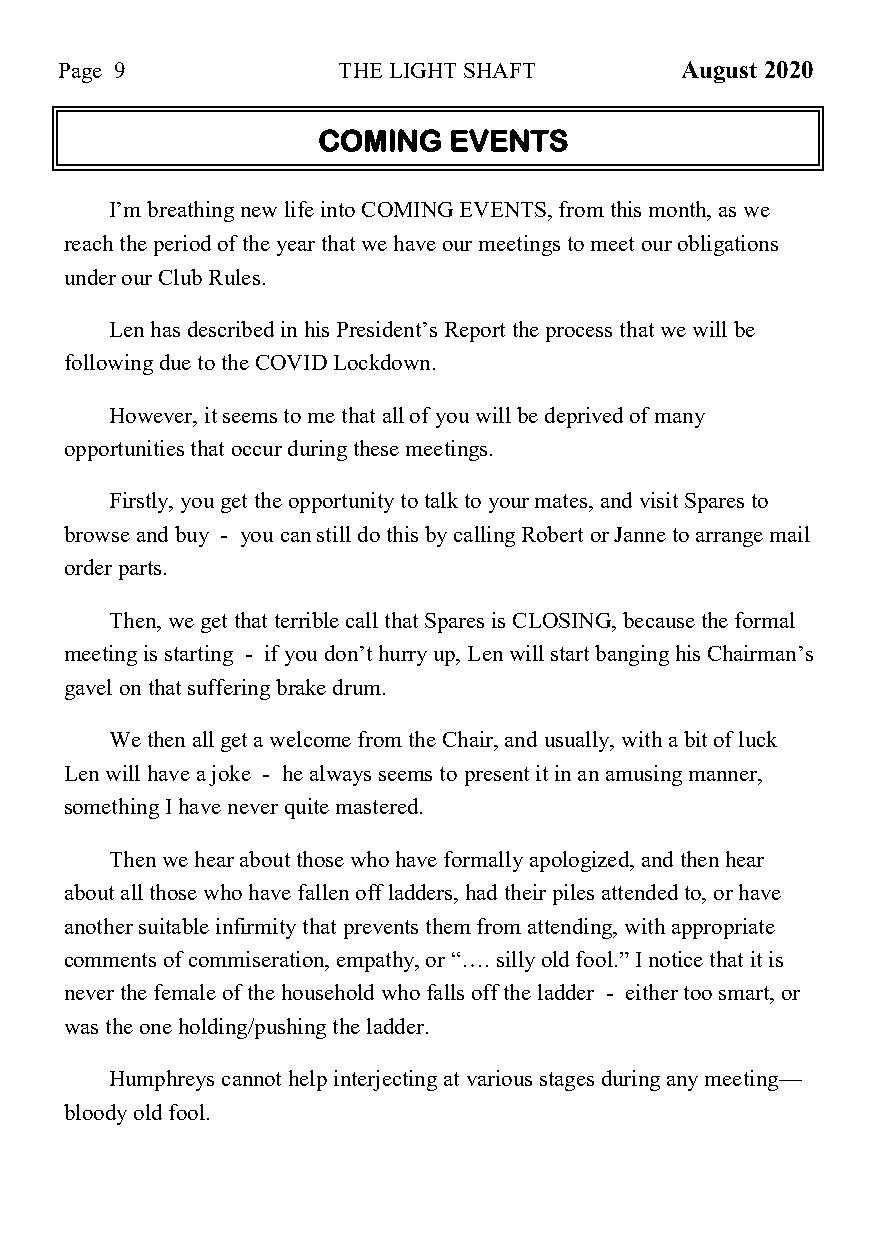
Page 9            THE LIGHT SHAFT        August 2020
 COMING   EVENTS
 I’m breathing new life into COMING EVENTS, from this month, as we
 reach the period of the year that we have our meetings to meet our obligations
 under our Club Rules.
 Len has described in his President’s Report the process that we will be
 following due to the COVID Lockdown.
 However, it seems to me that all of you will be deprived of many
 opportunities that occur during these meetings.
 Firstly, you get the opportunity to talk to your mates, and visit Spares to
 browse and buy - you can still do this by calling Robert or Janne to arrange mail
 order parts.
 Then, we get that terrible call that Spares is CLOSING, because the formal
 meeting is starting - if you don’t hurry up, Len will start banging his Chairman’s
 gavel on that suffering brake drum.
 We then all get a welcome from the Chair, and usually, with a bit of luck
 Len will have a joke - he always seems to present it in an amusing manner,
 something I have never quite mastered.
 Then we hear about those who have formally apologized, and then hear
 about all those who have fallen off ladders, had their piles attended to, or have
 another suitable infirmity that prevents them from attending, with appropriate
 comments of commiseration, empathy, or “…. silly old fool.” I notice that it is
 never the female of the household who falls off the ladder - either too smart, or
 was the one holding/pushing the ladder.
 Humphreys cannot help interjecting at various stages during any meeting—
 bloody old fool.